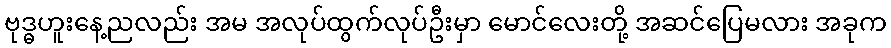
ဗုဒ္ဓဟူးနေ့ညလည်း အမ အလုပ်ထွက်လုပ်ဦးမှာ မောင်လေးတို့ အဆင်ပြေမလား အခုက